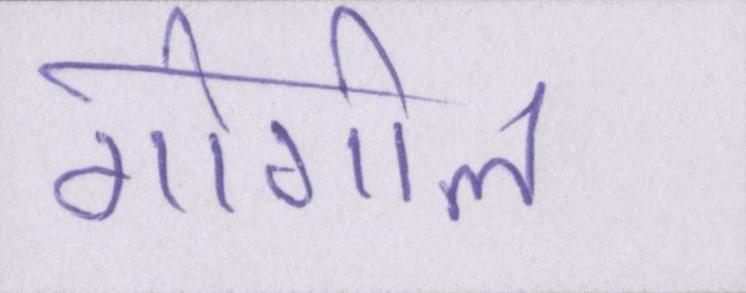
गोगोल